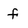
Character: f